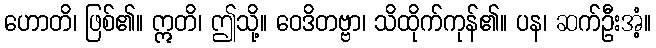
ဟောတိ၊ ဖြစ်၏။ ဣတိ၊ ဤသို့။ ဝေဒိတဗ္ဗာ၊ သိထိုက်ကုန်၏။ ပန၊ ဆက်ဦးအံ့။